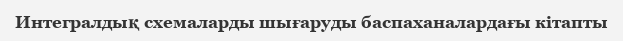
Интегралдық схемаларды шығаруды баспаханалардағы кітапты